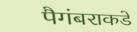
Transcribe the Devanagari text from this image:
पैगंबराकडे